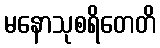
မနောသုစရိတေတိ